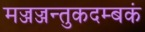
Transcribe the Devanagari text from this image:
मज्जज्जन्तुकदम्बकं